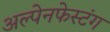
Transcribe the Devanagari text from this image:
अल्पेनफेस्टंग